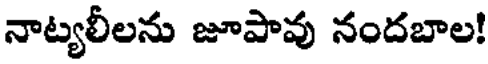
నాట్యలీలను జూపావు నందబాల!